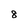
Character: 8